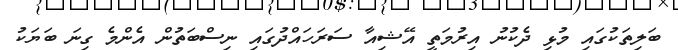
ބަލިތަކުގައި މުޅި ދެކުނު އިރުމަތީ އޭޝިއާ ސަރަހައްދުގައި ނިސްބަތުން އެންމެ ގިނަ ބަޔަކު